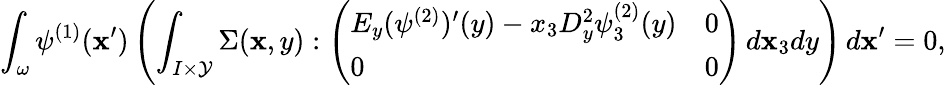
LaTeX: \int_{\omega}\psi^{(1)}(\mathbf{x}^{\prime})\left(\int_{I\times\mathcal{{Y}}}\Sigma(\mathbf{x},y):\left(\begin{array}{ll}{E_{y}(\psi^{(2)})^{\prime}(y)-x_{3}D_{y}^{2}\psi_{3}^{(2)}(y)}&{0}\\ {0}&{0}\end{array}\right)\, d\mathbf{x}_{3}dy\right)\, d\mathbf{x}^{\prime}=0,